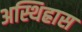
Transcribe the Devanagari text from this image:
अस्थिह्रास